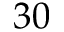
3 0